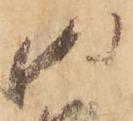
御